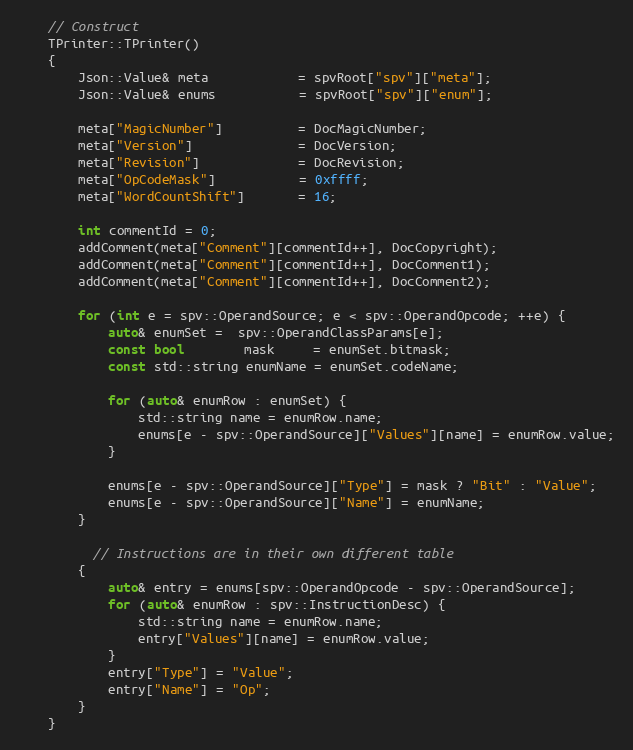
Language: C++
    // Construct
    TPrinter::TPrinter()
    {
        Json::Value& meta            = spvRoot["spv"]["meta"];
        Json::Value& enums           = spvRoot["spv"]["enum"];

        meta["MagicNumber"]          = DocMagicNumber;
        meta["Version"]              = DocVersion;
        meta["Revision"]             = DocRevision;
        meta["OpCodeMask"]           = 0xffff;
        meta["WordCountShift"]       = 16;

        int commentId = 0;
        addComment(meta["Comment"][commentId++], DocCopyright);
        addComment(meta["Comment"][commentId++], DocComment1);
        addComment(meta["Comment"][commentId++], DocComment2);

        for (int e = spv::OperandSource; e < spv::OperandOpcode; ++e) {
            auto& enumSet =  spv::OperandClassParams[e];
            const bool        mask     = enumSet.bitmask;
            const std::string enumName = enumSet.codeName;

            for (auto& enumRow : enumSet) {
                std::string name = enumRow.name;
                enums[e - spv::OperandSource]["Values"][name] = enumRow.value;
            }

            enums[e - spv::OperandSource]["Type"] = mask ? "Bit" : "Value";
            enums[e - spv::OperandSource]["Name"] = enumName;
        }

          // Instructions are in their own different table
        {
            auto& entry = enums[spv::OperandOpcode - spv::OperandSource];
            for (auto& enumRow : spv::InstructionDesc) {
                std::string name = enumRow.name;
                entry["Values"][name] = enumRow.value;
            }
            entry["Type"] = "Value";
            entry["Name"] = "Op";
        }
    }